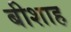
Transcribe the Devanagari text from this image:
बीशाह